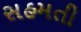
સહમતી